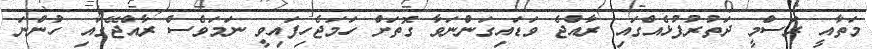
މަތާއީ ރަސްމީ ދަތުރުފުޅެއްގައި ރާއްޖެ ވަޑައިގަންނަވާ ގޮތަށް ހަމަޖެހިފައިވީ ނަމަވެސް ރާއްޖޭގައި ހުންނަ